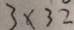
3 \times 3 2